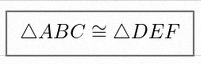
\triangle ABC\cong\triangle DEF